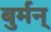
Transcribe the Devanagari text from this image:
बुर्मन्